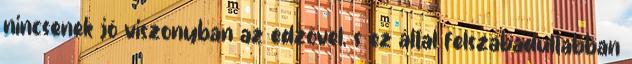
nincsenek jó viszonyban az edzővel, s ez által felszabadultabban